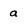
Character: a